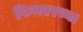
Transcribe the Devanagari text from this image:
फिनएरच्या